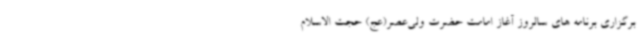
برگزاری برنامه های سالروز آغاز امامت حضرت ولی‌عصر(عج) حجت الاسلام